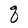
Character: q